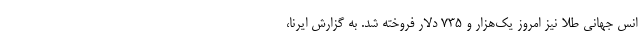
انس جهانی طلا نیز امروز یک‌هزار و ۷۳۵ دلار فروخته شد. به گزارش ایرنا،